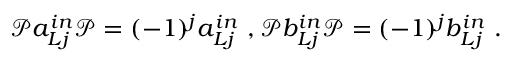
\mathcal { P } a _ { L j } ^ { i n } \mathcal { P } = ( - 1 ) ^ { j } a _ { L j } ^ { i n } \ , \mathcal { P } b _ { L j } ^ { i n } \mathcal { P } = ( - 1 ) ^ { j } b _ { L j } ^ { i n } \ .